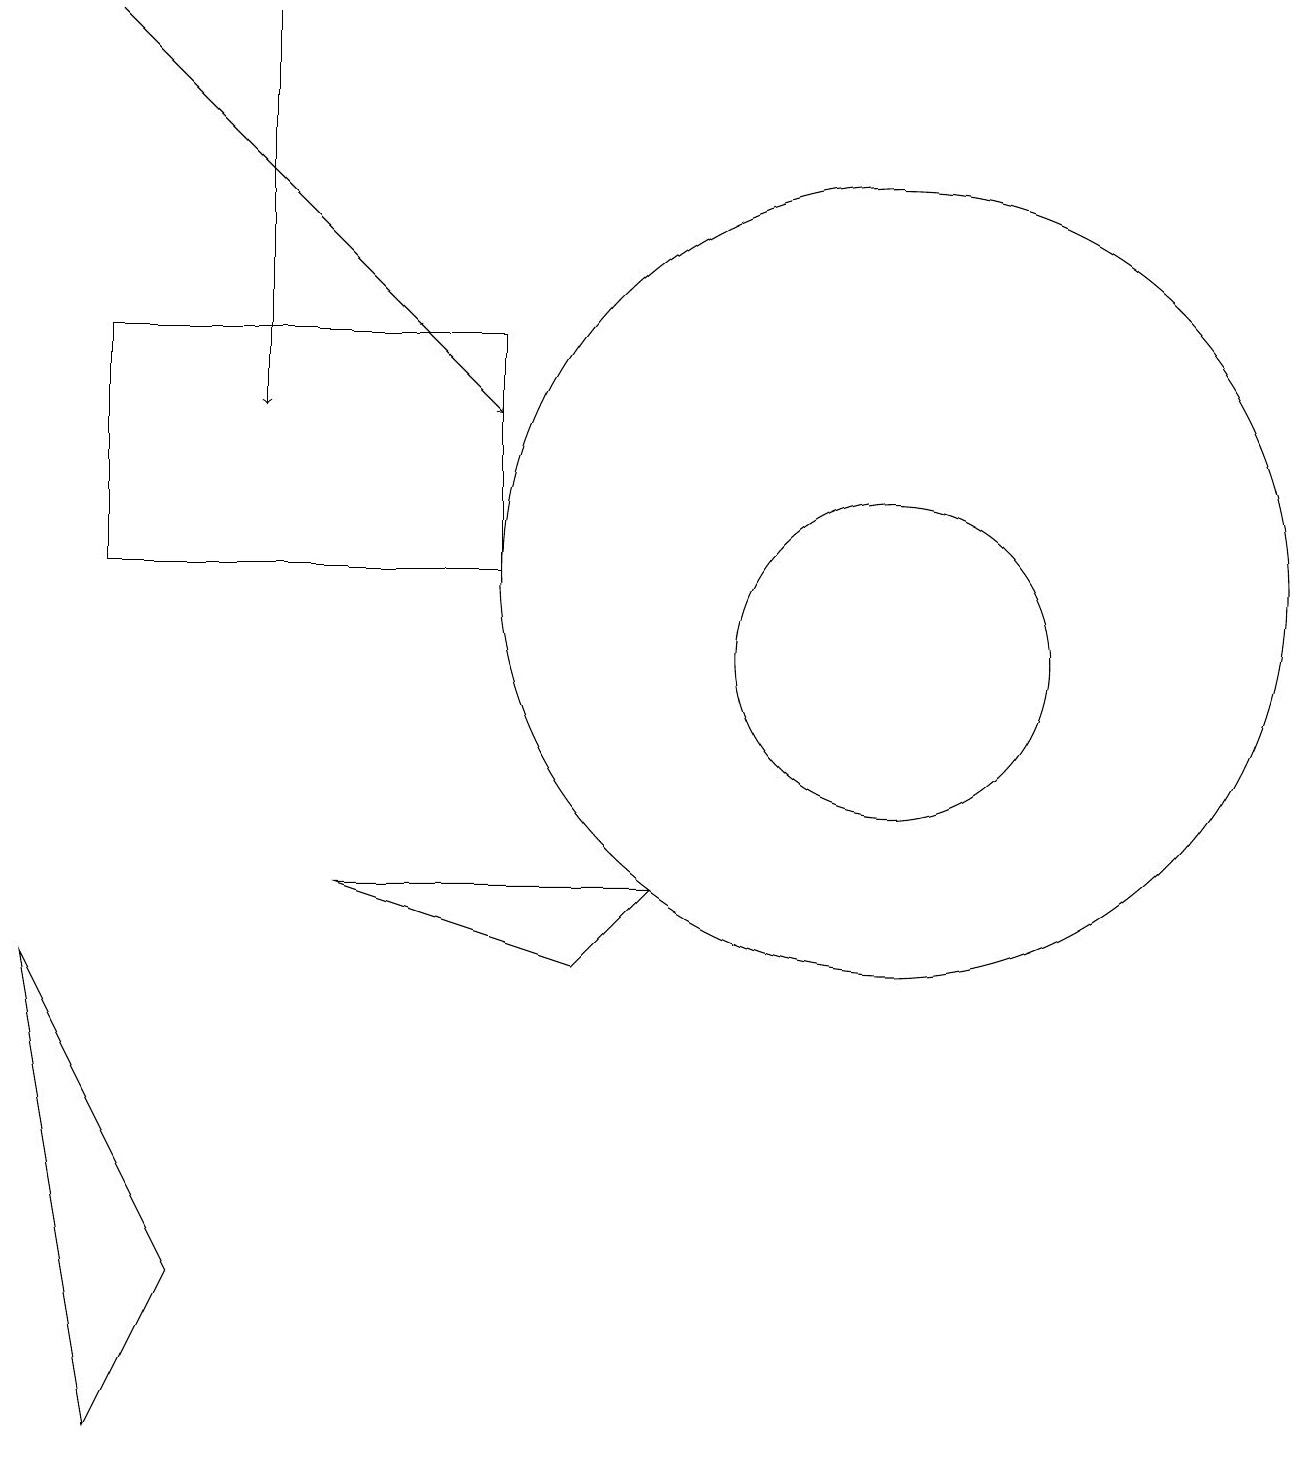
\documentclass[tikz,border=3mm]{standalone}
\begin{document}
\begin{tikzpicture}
\draw (1,11) rectangle (6,14);
\draw (0,6) -- (1,0) -- (2,2) -- cycle;
\draw (4,7) -- (8,7) -- (7,6) -- cycle;
\draw[->] (3,18) -- (3,13);
\draw (12,10) circle (0);
\draw[->] (1,18) -- (6,13);
\draw (11,10) circle (2);
\draw (11,11) circle (5);
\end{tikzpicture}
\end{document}